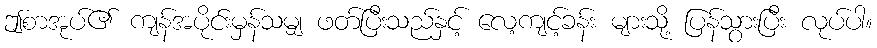
ဤစာအုပ်၏ ကျန်အပိုင်းမှန်သမျှ ဖတ်ပြီးသည်နှင့် လေ့ကျင့်ခန်း များသို့ ပြန်သွားပြီး လုပ်ပါ။